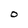
Character: 0